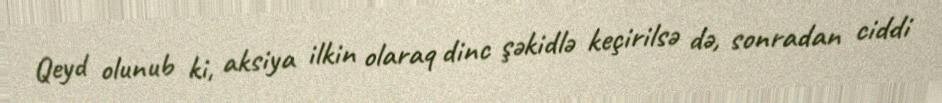
Qeyd olunub ki, aksiya ilkin olaraq dinc şəkidlə keçirilsə də, sonradan ciddi